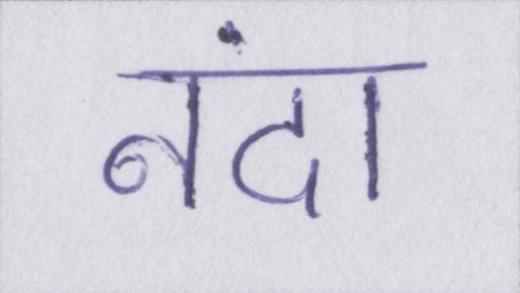
नंदा